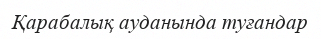
Қарабалық ауданында туғандар